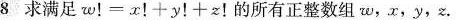
8 求满足$$w！=x！+y！+z!$$的所有正整数组w，x，y，z。